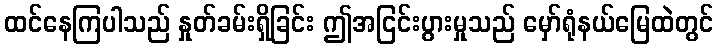
ထင်နေကြပါသည် နှုတ်ခမ်းရှိခြင်း ဤအငြင်းပွားမှုသည် မှော်ရုံနယ်မြေထဲတွင်